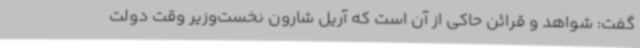
گفت: شواهد و قرائن حاکی از آن است که آریل شارون نخست‌وزیر وقت دولت